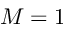
M = 1